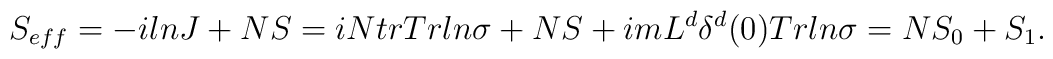
S_{eff}=-ilnJ+NS=iN trTrln\sigma + NS +imL^{d}\delta^{d}(0)Trln\sigma=NS_{0}+S_{1}.